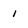
Character: i